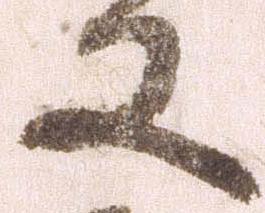
又